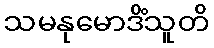
သမနုမောဒိံသူတိ